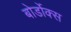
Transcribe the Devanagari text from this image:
बोर्डोक्स